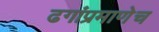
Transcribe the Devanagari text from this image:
ढगांप्रमाणेच